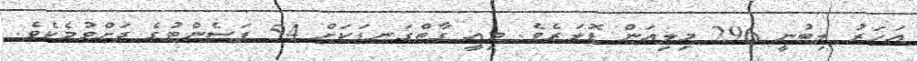
އަހަރު ލިބުނީ 296 މިލިއަން ޑޮލަރެވެ. މިއީ ގާތްގަނޑަކަށް 54 ޕަސެންޓުގެ ދަށްވުމެކެވެ.